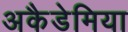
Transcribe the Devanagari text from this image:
अकैडेमिया